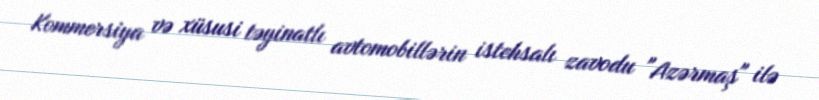
Kommersiya və xüsusi təyinatlı avtomobillərin istehsalı zavodu "Azərmaş" ilə